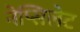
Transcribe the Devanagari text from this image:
नेप्सिलेट